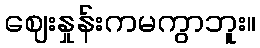
ဈေးနှုန်းကမကွာဘူး။